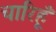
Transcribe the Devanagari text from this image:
चारिहूँ